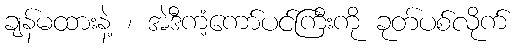
ချန်မထားနဲ့ ၊ အဲဒီကံ့ကော်ပင်ကြီးကို ခုတ်ပစ်လိုက်